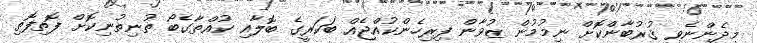
މިދެންނެވި ޤުރުބާންކޮށް ނިމުމުން ޒުވާން ފިރިހެންކުއްޖެއް ބަކަރީގެ ބޮލާއި ކުއްތާގެބޯ ތުނިތުނިކޮށް ފޮތިފޮތި